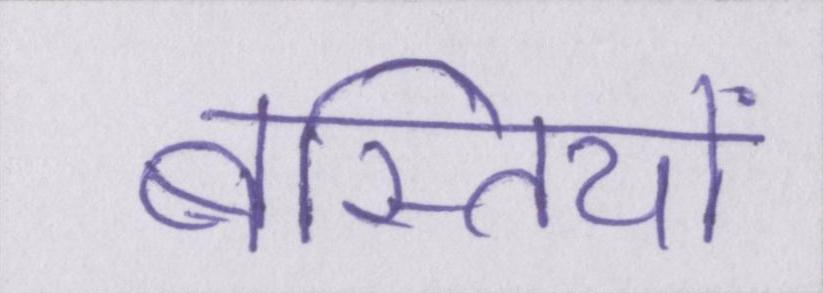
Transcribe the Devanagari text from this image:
बस्तियों